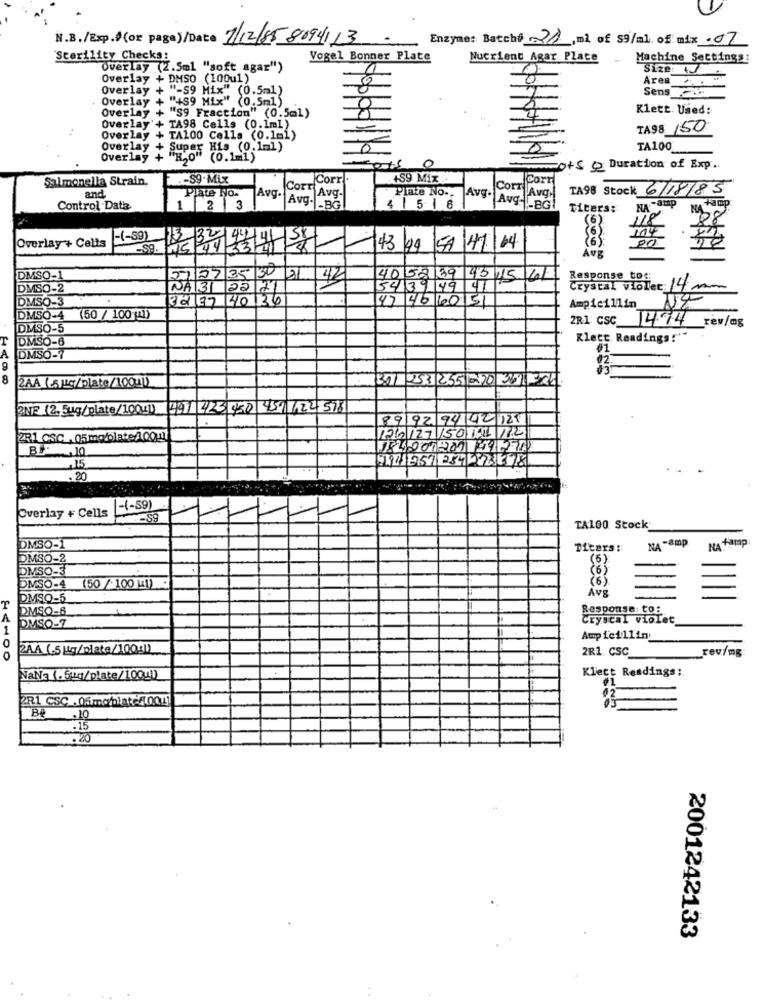
N.B./Exp./ (or page)/Date 7/12/85 80941 13
Enzyme: Batch®21 , ml of $9/al of mix . 07
-
Sterility Checks:
Vogel Bonner Plate
Nucrient Agar Plate
Machine Settings:
Overlay (2.5ml "soft agar")
Size:
Overlay + DMSO (100u1)
Area
Overlay +
"-59 Mix" (0.5ml)
Sens
Overlay + ""+59 Mix" (0.5ml)
Overlay + "S9 Fraction" (0.5ml)
Klett. Used:
Overlay'+ TA98 Calls (0.1ml)
TA98 150
Overlay + TA100 Cella (0.1=1)
Overlay + Super
THON His (0.1-1)
TA100
Overlay +
(0.1=1)
0
Gots @ Duration of Exp.
Salmonella Strain.
-S9-Mix
Corr
+S9 Mix.
Corr
Plate Fo.
Plate No ..
Corri
TA98 Stock 6/18/85
and
Avg.
Avg-
Avg.
Aug-
Avq.
NAEP
NANOP
Control Data
1
2 3
Avg- - BG
4 | 518
-BG
Titers:
(6)
Overlay + Celts
-59)
-S9.
Ju
43 49
50 41 4
DMSO-1
27/07/35 30 31
42
40 58/39
43 15 61
Response to
DMSO-2
NA 31 22 71
54 39 49 41
Crystal viole: 14m
DMSO-3
32 77 40136
47 46 60 151
NY
Ampicillin
DMSO-4
(50 / 100 (1)
2R1 CSC 1494
rev/mg
DMSO-5
DMSO-6
Klece Readings!""
A
01
DMSO-7
ESS
8
2AA (5ug/plate/1001)
301 253 2551-70 361324.
ONE (2. 5ug/plate/1004) 497 423 450 459 622 578
89/92 94 42 121
2R1 CSC , 05mo/plate/00ml
12612750101/12
84.201907 49770
20
Overlay + Cells
-(-59)
TA100 Stock'
NA -amp
NA WHIP
DMSO-1
Diters :
DMSO-2
DMSO-3
(6)
DMSO-4
(50 / 100 41)
DMSO-5
DMSO-6
DMSO-7
Response: tos
Crystal violet
Ampie1111mı
2AA (.5 g/plate/10041)
2R1. CSC
revimg
.
Klett Readings :.
NaNa (.Stq/plate/100!1)
2R1 CSC .05mobiaté4.001
10
.20
2001242133